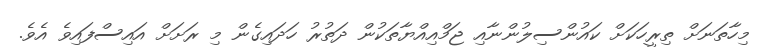
މިހާތަނަށް ތިރީހަކަށް ކައުންސިލުންނާއި ޖަމްއިއްޔާތަކުން ދަތުރު ހަދައިގެން މި ރަށަށް އައިސްފައިވެ އެވެ.